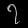
Digit: ၇